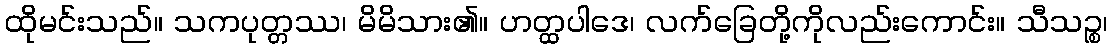
ထိုမင်းသည်။ သကပုတ္တဿ၊ မိမိသား၏။ ဟတ္ထပါဒေ၊ လက်ခြေတို့ကိုလည်းကောင်း။ သီသဉ္စ၊